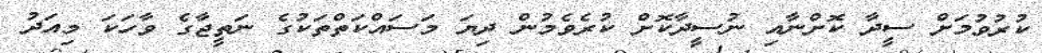
ކުރުވުމަށް ސީދާ ކޮށްނާއި ނުސީދާކޮށް ކުރެވެމުން ދިޔަ މަސައްކަތްތަކުގެ ނަތީޖާގެ ވާހަކަ މިއަދު